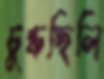
চুল্‌কচ্ছিলি